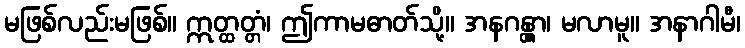
မဖြစ်လည်းမဖြစ်။ ဣတ္ထတ္တံ၊ ဤကာမဓာတ်သို့။ အနဂန္တွာ၊ မလာမူ။ အနာဂါမီ၊